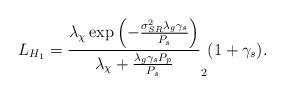
LaTeX: \begin{align*}L_{H_1} = \frac{\lambda_{\chi}\exp\left(-\frac{\sigma_{SR}^2\lambda_g \gamma_s}{P_s}\right)}{\lambda_{\chi} + \frac{\lambda_g\gamma_sP_p}{P_s}} _2(1 + \gamma_s).\end{align*}